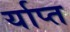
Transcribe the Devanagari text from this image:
र्याप्त